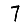
Digit: 7